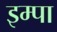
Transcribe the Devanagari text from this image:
इम्पा